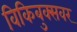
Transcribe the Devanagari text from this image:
विकिबुक्सवर